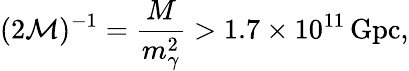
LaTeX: (2\mathcal{M})^{-1}=\frac{M}{m_{\gamma}^{2}}>1.7\times 10^{11}\, \mathrm{Gpc},